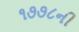
૧૭૭૮ની